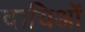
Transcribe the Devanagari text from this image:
दायिओं